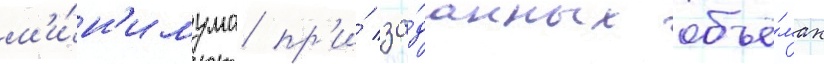
м'и́н'имума пр'и́ за́данных объё́мах